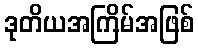
ဒုတိယအကြိမ်အဖြစ်